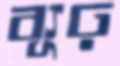
ব্যূঢ়